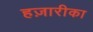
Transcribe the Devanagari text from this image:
हज़ारीका